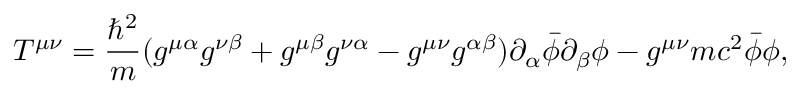
T ^ { \mu \nu } = { \frac { \hbar ^ { 2 } } { m } } ( g ^ { \mu \alpha } g ^ { \nu \beta } + g ^ { \mu \beta } g ^ { \nu \alpha } - g ^ { \mu \nu } g ^ { \alpha \beta } ) \partial _ { \alpha } { \bar { \phi } } \partial _ { \beta } \phi - g ^ { \mu \nu } m c ^ { 2 } { \bar { \phi } } \phi ,